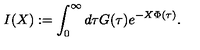
I ( X ) : = \int _ { 0 } ^ { \infty } d \tau G ( \tau ) e ^ { - X \Phi ( \tau ) } .